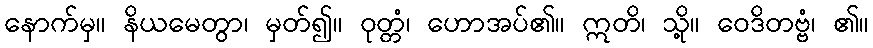
နောက်မှ။ နိယမေတွာ၊ မှတ်၍။ ဝုတ္တံ၊ ဟောအပ်၏။ ဣတိ၊ သို့။ ဝေဒိတဗ္ဗံ၊ ၏။